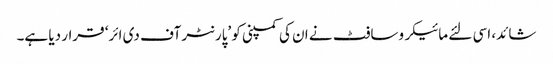
شائد، اسی لئے مائیکروسافٹ نے ان کی کمپنی کو ’پارنٹر آف دی ائر‘ قرار دیا ہے۔